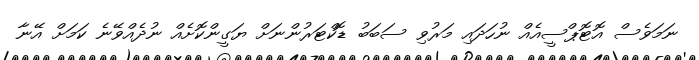
ނަމަވެސް އޮޓޮޕްސީއެއް ނުހަދައި މަރުވި ސަބަބު ޑޮކްޓަރުންނަށް ޔަގީންކޮށެއް ނުދެއްވޭނެ ކަމަށް އޭނާ